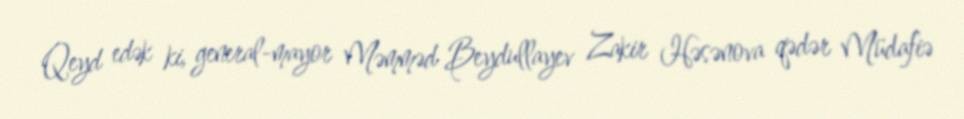
Qeyd edək ki, general-mayor Məmməd Beydullayev Zakir Həsənova qədər Müdafiə